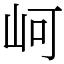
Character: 㞹